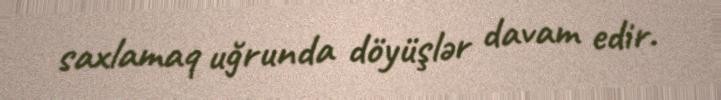
saxlamaq uğrunda döyüşlər davam edir.